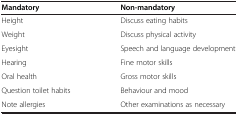
<table><thead><tr><td><b>Mandatory</b></td><td><b>Non-mandatory</b></td></tr></thead><tbody><tr><td>Height</td><td>Discuss eating habits</td></tr><tr><td>Weight</td><td>Discuss physical activity</td></tr><tr><td>Eyesight</td><td>Speech and language development</td></tr><tr><td>Hearing</td><td>Fine motor skills</td></tr><tr><td>Oral health</td><td>Gross motor skills</td></tr><tr><td>Question toilet habits</td><td>Behaviour and mood</td></tr><tr><td>Note allergies</td><td>Other examinations as necessary</td></tr></tbody></table>